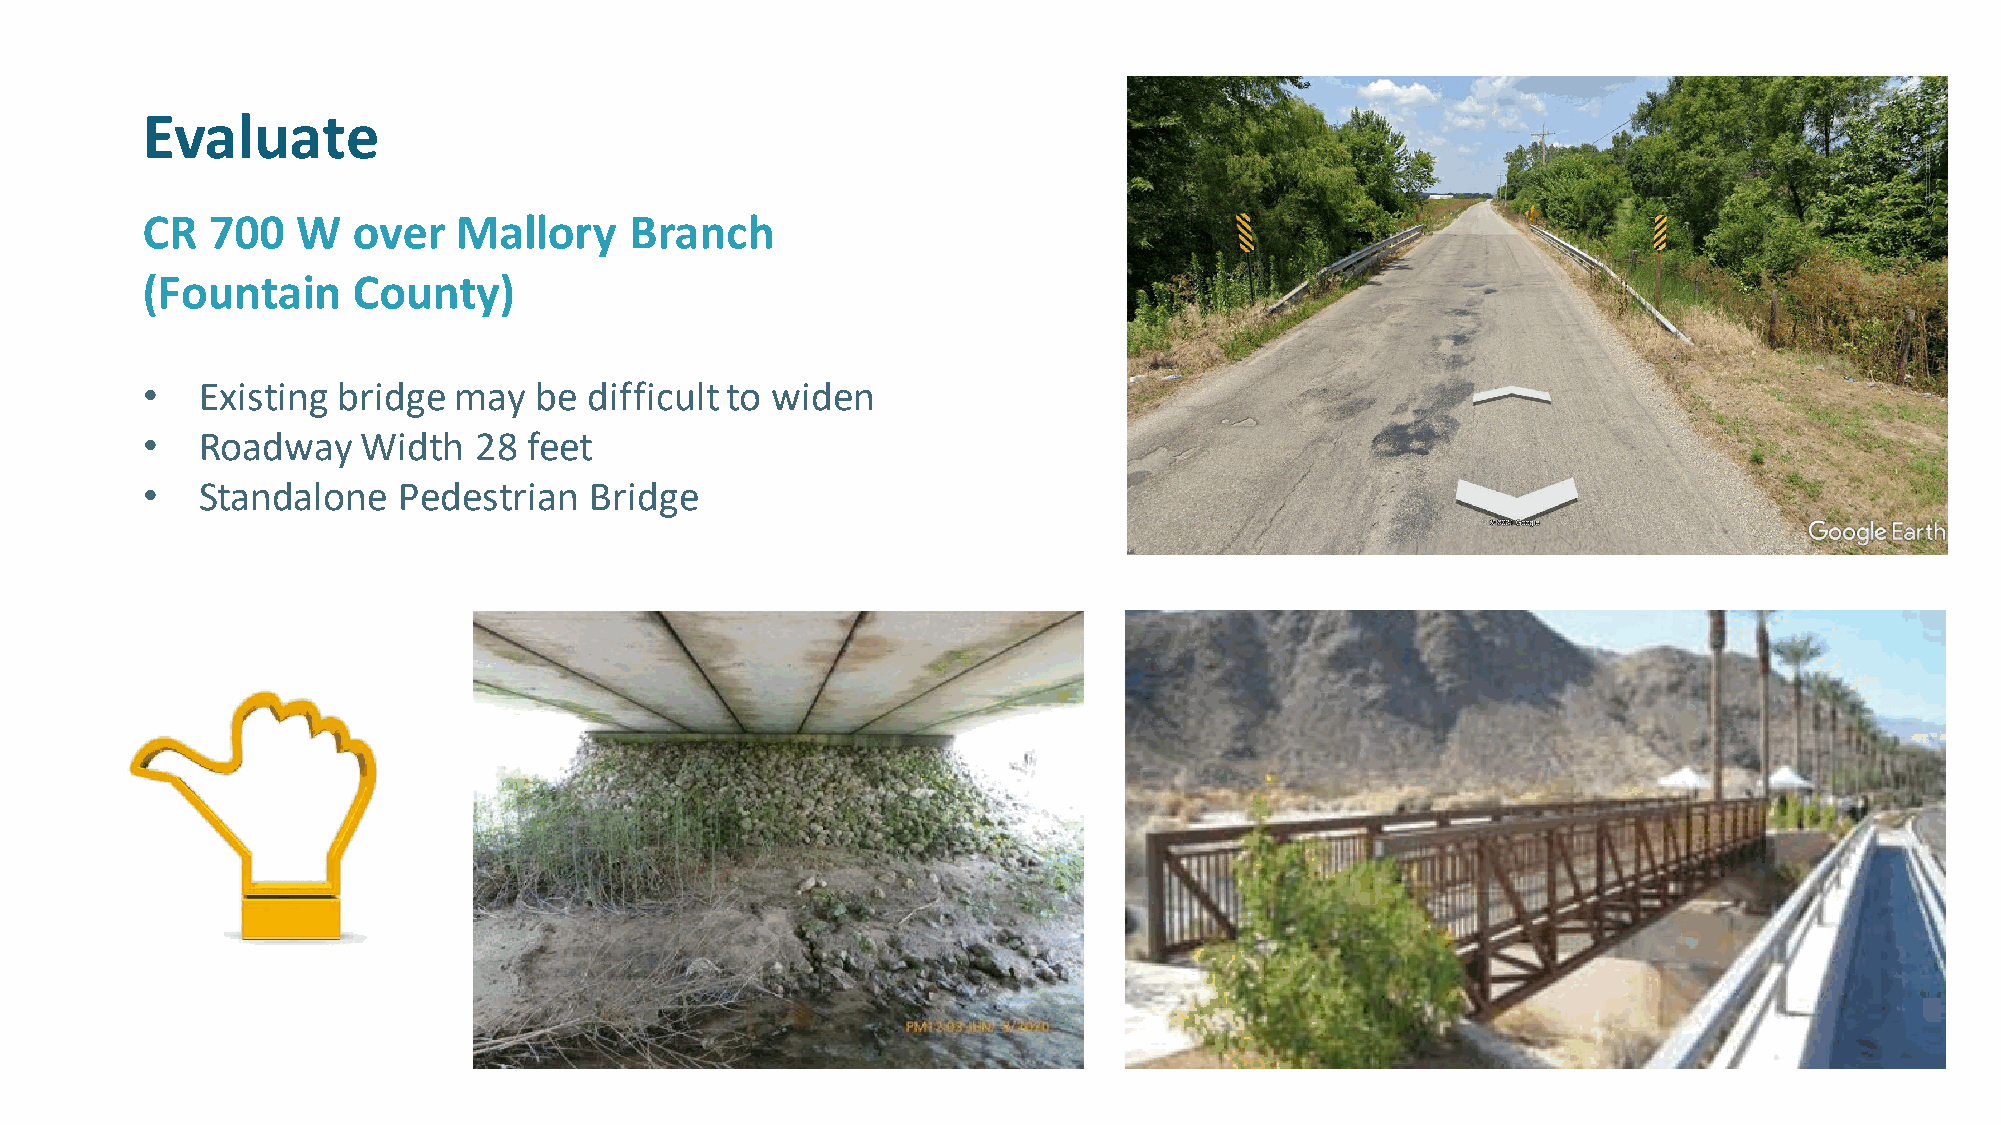
Evaluate
 CR   700   W  over   Mallory     Branch
 (Fountain     County)
 •   Existing bridge  may  be  difficult to widen
 •   Roadway    Width   28 feet
 •   Standalone   Pedestrian   Bridge
 •   Design    &  Routing
 •   Cost   Estimating
 •   Promotion
 •   Master    Plan   Documentation
 •   Pilot  Projects